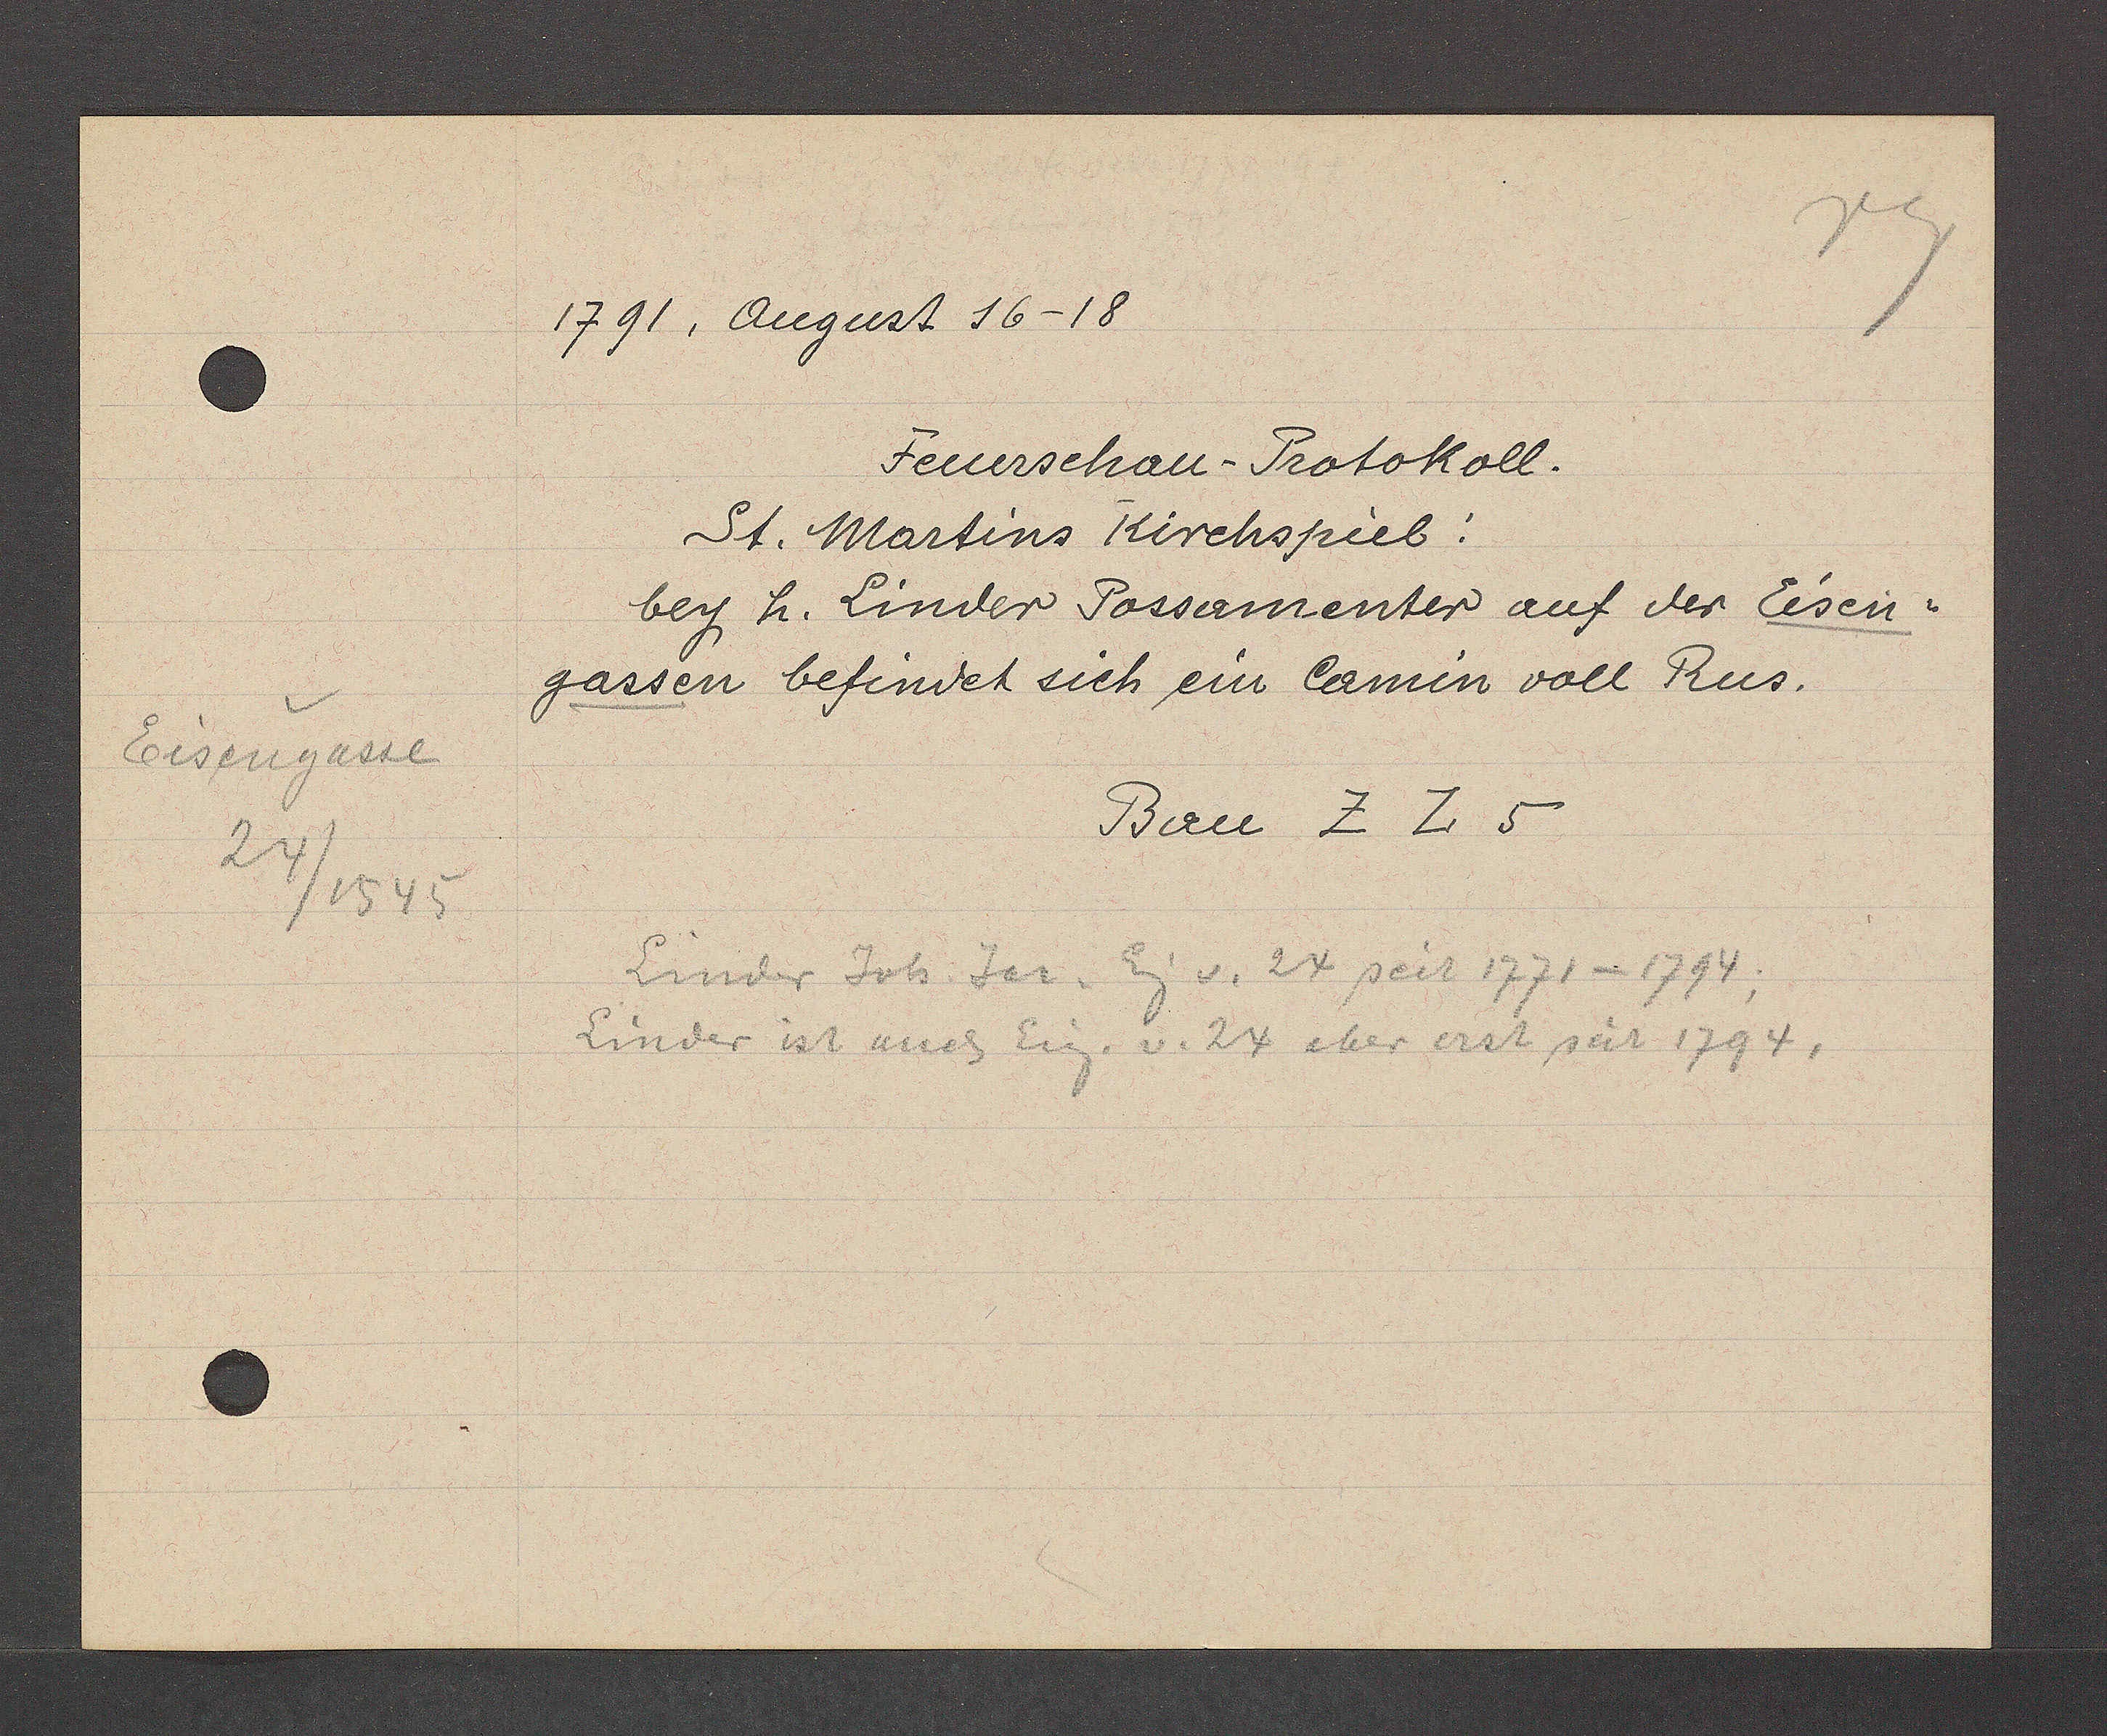
Transcript:
Eisengasse
24 / 1545

1791, Angust 16-18
Feuerschau-Protokoll.
St. Martins Kirchspiel:
beg h. Linder Possamenter auf der Eisen¬
gassen befindet sich ein Camin voll Rus.
Bau Z Z 5
Linder Joh Jac. Eg v. 24 seit 1771- 1794;
Linder ist auch Eig. v. 24 aber erst seit 1794,